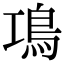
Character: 䲨